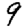
Digit: 9